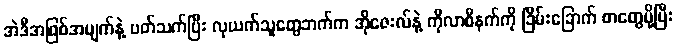
အဲဒီအဖြစ်အပျက်နဲ့ ပတ်သက်ပြီး လုယက်သူတွေဘက်က အိုဇေးလ်နဲ့ ကိုလာစီနက်ကို ခြိမ်းခြောက် စာတွေပို့ပြီး